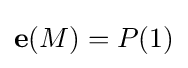
\mathbf {e} (M)=P(1)